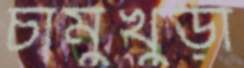
চাঁমুখুড়া